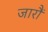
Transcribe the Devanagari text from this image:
जारौं